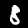
Label: 8